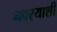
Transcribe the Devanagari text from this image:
नवर्‍याशी